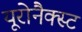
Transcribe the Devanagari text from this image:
यूरोनैक्स्ट